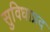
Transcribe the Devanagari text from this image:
सुविधाप्रद